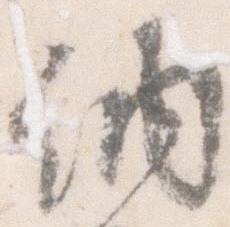
納